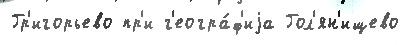
Гр'игорьево пр'и г'еогра́ф'иjа Гол'ян'ищево